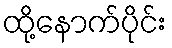
ထို့နောက်ပိုင်း